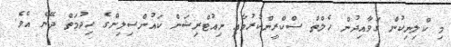
މި ކްލިނިކުން ގަވާއިދުން ހެލްތް ސްކްރީންކުރުމާއި ނިއުޓްރިޝަން ކައުންސިލިންގެ ހިދުމަތް ދޭނެ އެވެ.